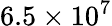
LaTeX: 6.5\times 10^{7}